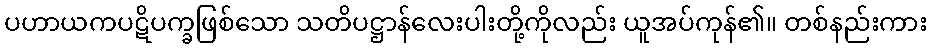
ပဟာယကပဋိပက္ခဖြစ်သော သတိပဋ္ဌာန်လေးပါးတို့ကိုလည်း ယူအပ်ကုန်၏။ တစ်နည်းကား